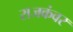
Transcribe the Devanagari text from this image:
राजकंवर